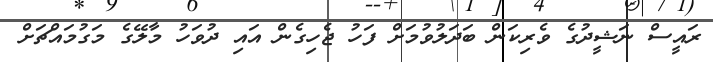
ރައީސް ނަޝީދުގެ ވެރިކަން ބަދަލުވުމަށް ފަހު ޖެހިގެން އައި ދުވަހު މާލޭގެ މަގުމައްޗަށް